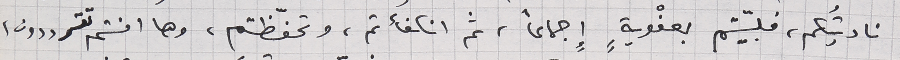
ناديتُكم، فلبيّتم بعفْويةٍ إجماعاً، ثم انكفأتم، وتحفّظتم، وها انتم تترددون،